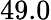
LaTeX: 49.0